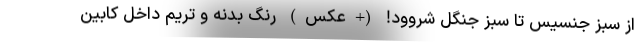
از سبز جنسیس تا سبز جنگل شروود! (+عکس) رنگ بدنه و تریم داخل کابین